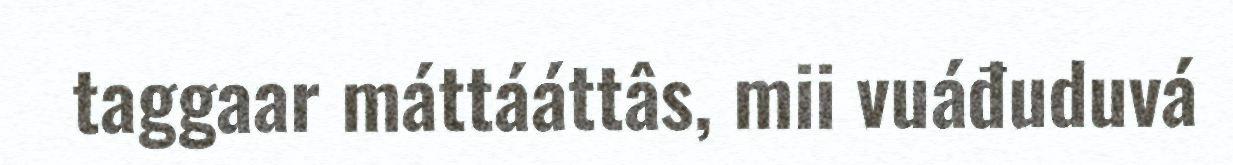
taggaar máttááttâs, mii vuáđuduvá